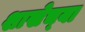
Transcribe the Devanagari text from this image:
शाखेच्‍या